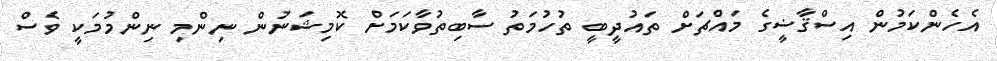
އެހެންކަމުން އިސްޤާޟީގެ މައްޗަށް ތައުދީބީ ތުހުމަތު ސާބިތުވާކަމަށް ކޮމިޝަނުން ނިންމި ނިންމުމަކީ ވެސް